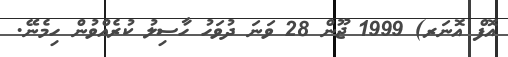
އޮފް އޮނަރ) 1999 ޖޫން 28 ވަނަ ދުވަހު ހާސިލު ކުރެއްވުން ހިމެނޭ.